Trukikaitis_Postimees, lk 87
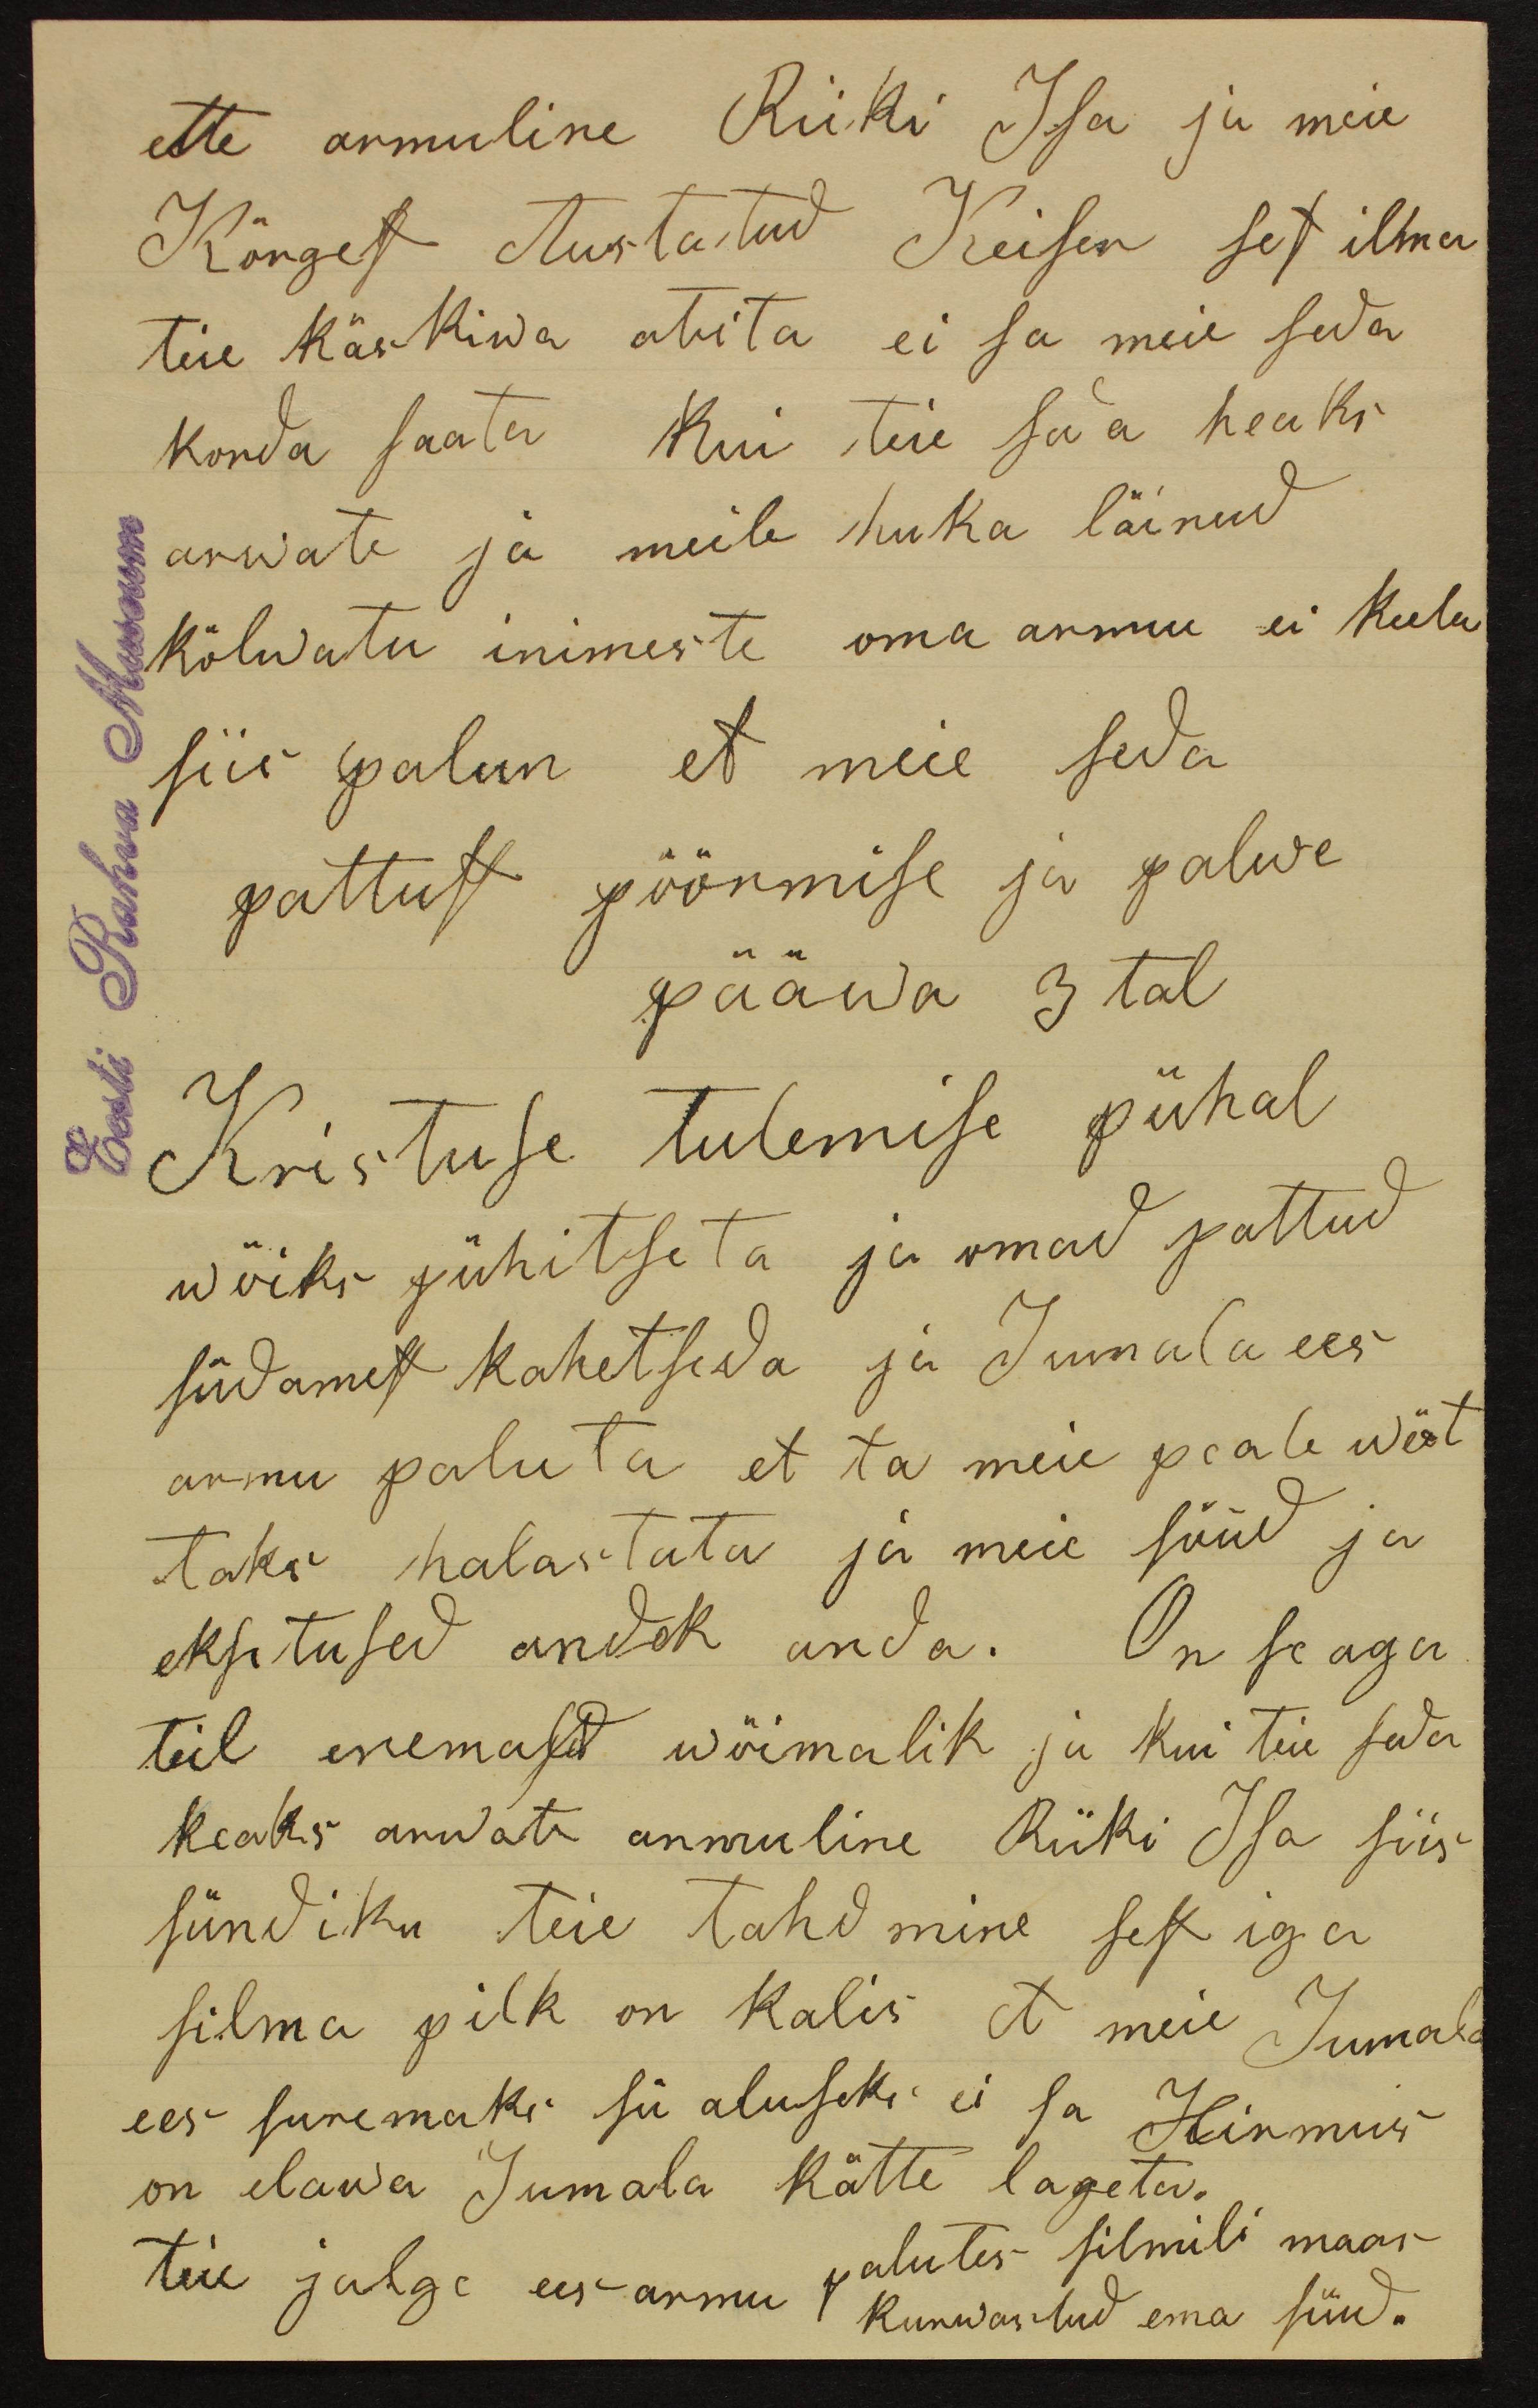
ette armuline Riiki Isa ja meie
Kõrgest Austatud Keiser set ilma
teie käskiwa abita ei sa meie seda
korda saata kui teie seda heaks
arwate ja meile huka läinud
kõlwatu inimeste oma armu ei keela
siis palun et meie seda
pattust pöörmise ja palwe
pääwa 3 tal
Kristuse tulemise pühal
wõiks pühitseta ja omad pattud
südamest kahetseda ja Jumala ees
armu paluta et ta meie peale wõt-
taks halastata ja meie süüd ja
eksitused andek anda. On se aga
teil enemased wõimalik ja kui teie seda
heaks arwate armuline Riiki Isa siis
sündiku teie tahdmine sest iga
silma pilk on kalis et meie Jumala
ees suremaks sü aluseks ei sa Hirmus
on elawa Jumala kätte lageta.
teie jalge ees armu
palutes silmili maas
Kurwastud ema sünd.